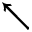
\nwarrow